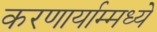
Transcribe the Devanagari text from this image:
करणार्याम्मध्ये